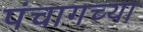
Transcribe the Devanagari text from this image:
पंचागच्या